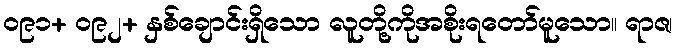
၀၉၁+ ၀၉၂+ နှစ်ချောင်းရှိသော လူတို့ကိုအစိုးရတော်မူသော။ ရာဇ၊